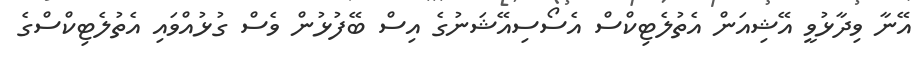
އޭނާ ވިދާޅުވީ އޭޝިއަން އެތުލެޓިކްސް އެސޯސިއޭޝަނުގެ އިސް ބޭފުޅުން ވެސް ގުޅުއްވައި އެތުލެޓިކްސްގެ